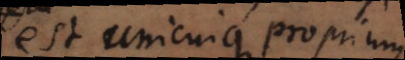
est unicuique proprium